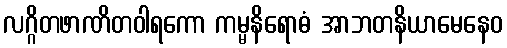
လဂ္ဂိတဖာဏိတဝါရကော ကမ္မနိရောဓံ အာဘတနိယာမေနေဝ